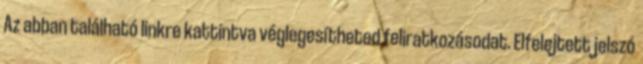
Az abban található linkre kattintva véglegesítheted feliratkozásodat. Elfelejtett jelszó